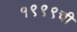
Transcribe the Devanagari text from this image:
१९९९ची